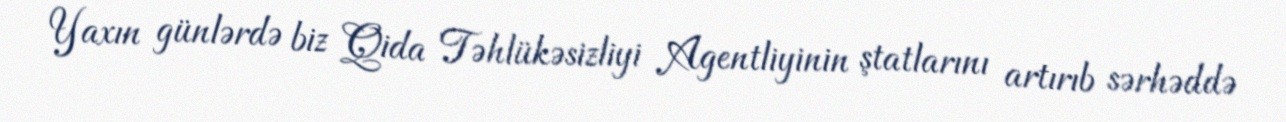
Yaxın günlərdə biz Qida Təhlükəsizliyi Agentliyinin ştatlarını artırıb sərhəddə